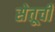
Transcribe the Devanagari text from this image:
सेतूची